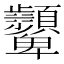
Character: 𩖓